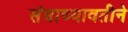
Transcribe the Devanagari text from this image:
संघाच्यावतीने